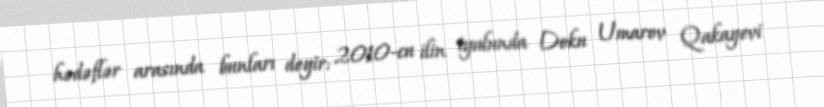
hədəflər arasında bunları deyir: 2010-cu ilin iyulunda Doku Umarov Qakayevi